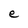
Character: e